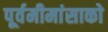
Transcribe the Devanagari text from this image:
पूर्वमीमांसाकाे